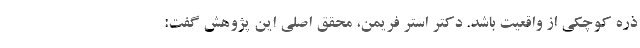
ذره کوچکی از واقعیت باشد. دکتر استر فریمن، محقق اصلی این پژوهش گفت: